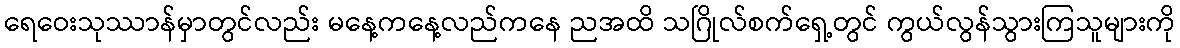
ရေဝေးသုဿာန်မှာတွင်လည်း မနေ့ကနေ့လည်ကနေ ညအထိ သဂြိုလ်စက်ရှေ့တွင် ကွယ်လွန်သွားကြသူများကို